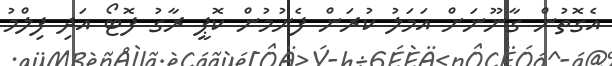
އެގޮތުން ގާނޫނަށް އަމަލު ކުރަން ފެށުމުން ކޮޕީ ރާގު ފޮޓޯ އަދި ފިލްމު